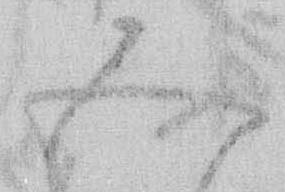
五